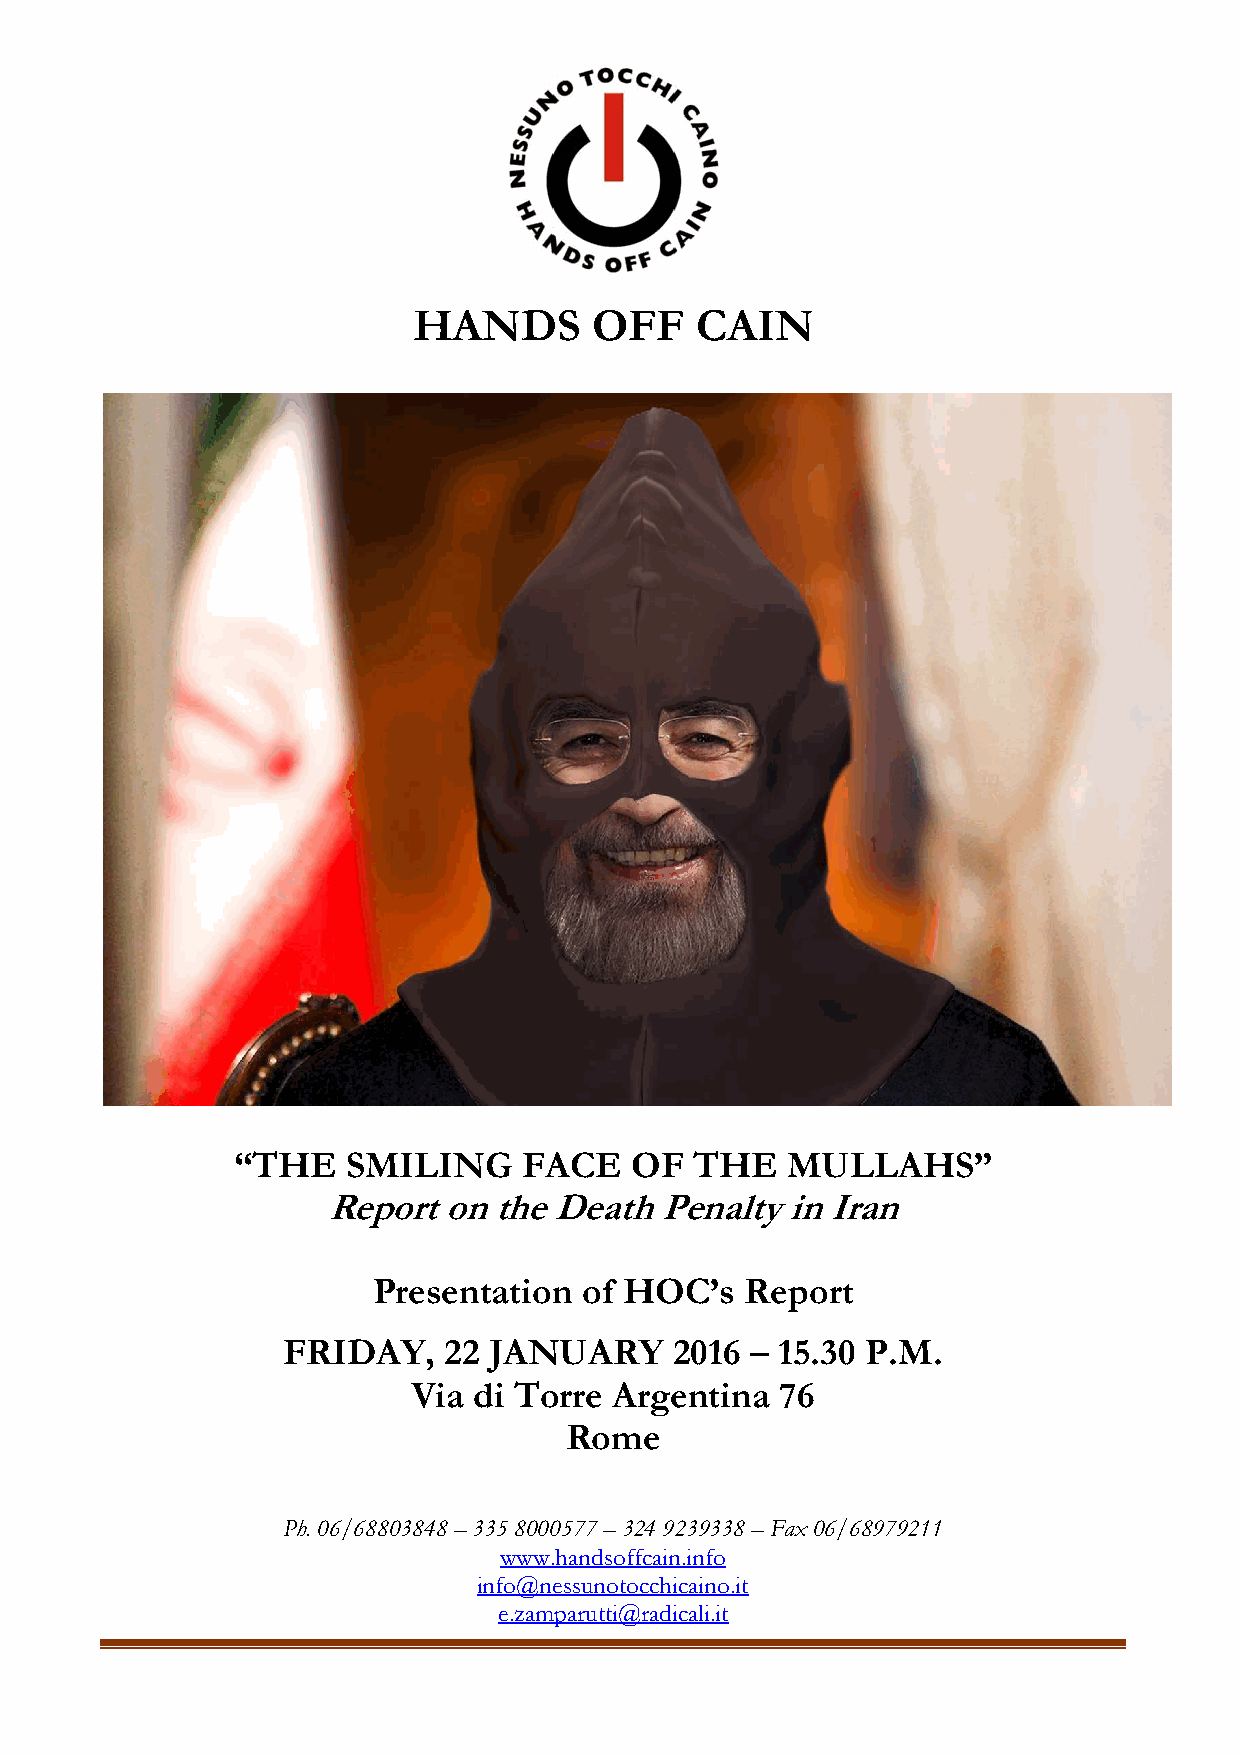
HANDS       OFF    CAIN
 “THE    SMILING     FACE   OF  THE   MULLAHS”
 Report on  the Death  Penalty in Iran
 Presentation  of HOC’s  Report
 FRIDAY,   22 JANUARY      2016 – 15.30 P.M.
 Via di Torre  Argentina  76
 Rome
 Ph. 06/68803848 – 335 8000577 – 324 9239338 – Fax 06/68979211
 www.handsoffcain.info
 info@nessunotocchicaino.it
 e.zamparutti@radicali.it